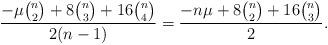
LaTeX: \begin{align*} \frac{-\mu{n \choose 2}+8{n \choose 3}+16{n\choose 4}}{2(n-1)}=\frac{-n\mu +8{n \choose 2}+16{n \choose 3}}{2}. \end{align*}